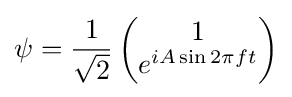
\psi ={\frac {1}{\sqrt {2}}}\left({\begin{matrix}1\\e^{iA\sin 2\pi ft}\end{matrix}}\right)